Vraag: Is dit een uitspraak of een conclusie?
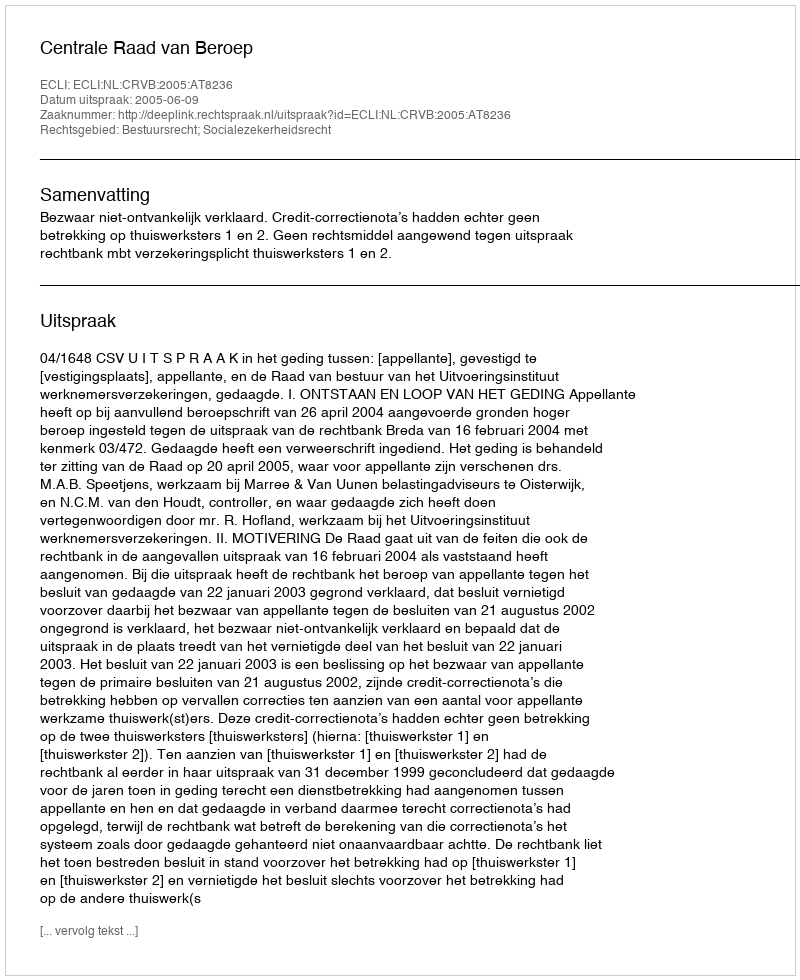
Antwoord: Uitspraak